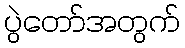
ပွဲတော်အတွက်